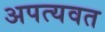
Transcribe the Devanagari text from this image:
अपत्यवत